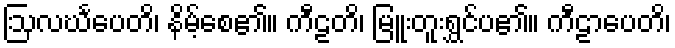
ဩလင်္ဃပေတိ၊ နိမ့်စေ၏။ ကီဠတိ၊ မြူးတူးရွှင်ပ၏။ ကီဠာပေတိ၊